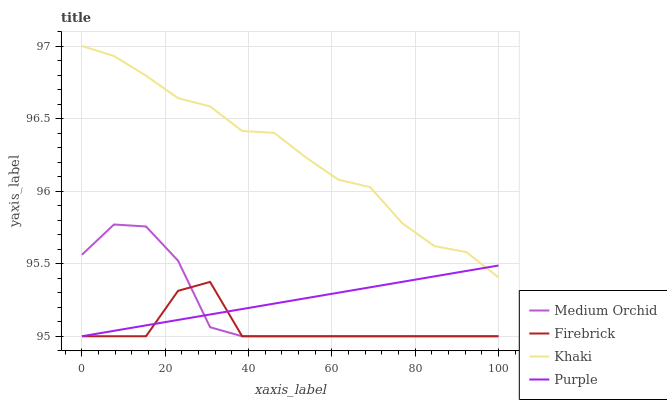
| xaxis_label | Medium Orchid | Firebrick | Khaki | Purple |
 | --- | --- | --- | --- | --- |
 | 0 | 95.6 | 95 | 97 | 95 |
 | 7.69 | 95.8 | 95 | 96.9 | 95 |
 | 15.4 | 95.8 | 95 | 96.8 | 95.1 |
 | 23.1 | 95.5 | 95.3 | 96.6 | 95.1 |
 | 30.8 | 95.1 | 95.4 | 96.6 | 95.1 |
 | 38.5 | 95 | 95 | 96.4 | 95.2 |
 | 46.2 | 95 | 95 | 96.4 | 95.2 |
 | 53.8 | 95 | 95 | 96.2 | 95.3 |
 | 61.5 | 95 | 95 | 96.1 | 95.3 |
 | 69.2 | 95 | 95 | 96 | 95.3 |
 | 76.9 | 95 | 95 | 95.8 | 95.4 |
 | 84.6 | 95 | 95 | 95.6 | 95.4 |
 | 92.3 | 95 | 95 | 95.6 | 95.4 |
 | 100 | 95 | 95 | 95.4 | 95.5 |